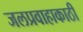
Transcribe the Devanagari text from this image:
जलप्रवाहाकाठी